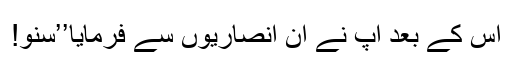
اس کے بعد آپؐ نے ان انصاریوں سے فرمایا’’سنو!